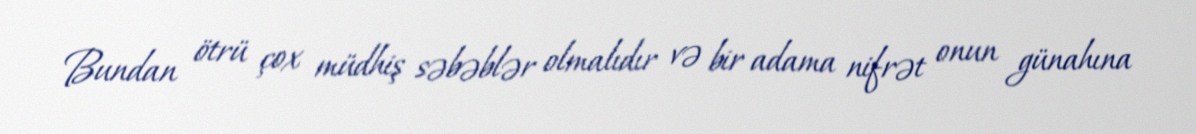
Bundan ötrü çox müdhiş səbəblər olmalıdır və bir adama nifrət onun günahına